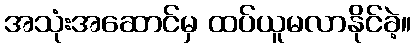
အသုံးအဆောင်မှ ထပ်ယူမလာနိုင်ခဲ့။